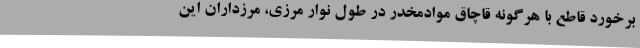
برخورد قاطع با هرگونه قاچاق موادمخدر در طول نوار مرزی، مرزداران این